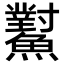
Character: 𩼸